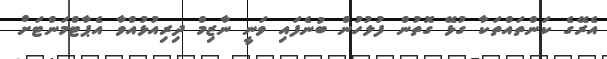
އެރޭގެ ކަންތައްތަކާ ގުޅޭ ގޮތުން ފުލުހުން ބުނެފައި ވަނީ ނާޒިމް ދިރިއުޅުއްވާ އެޕާޓްމަންޓަށް